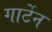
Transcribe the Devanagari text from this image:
गार्टेन